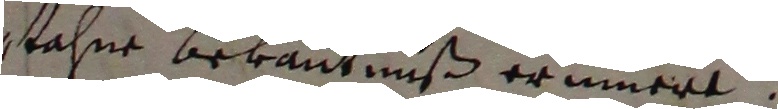
stahne bekantnuß erinnert.